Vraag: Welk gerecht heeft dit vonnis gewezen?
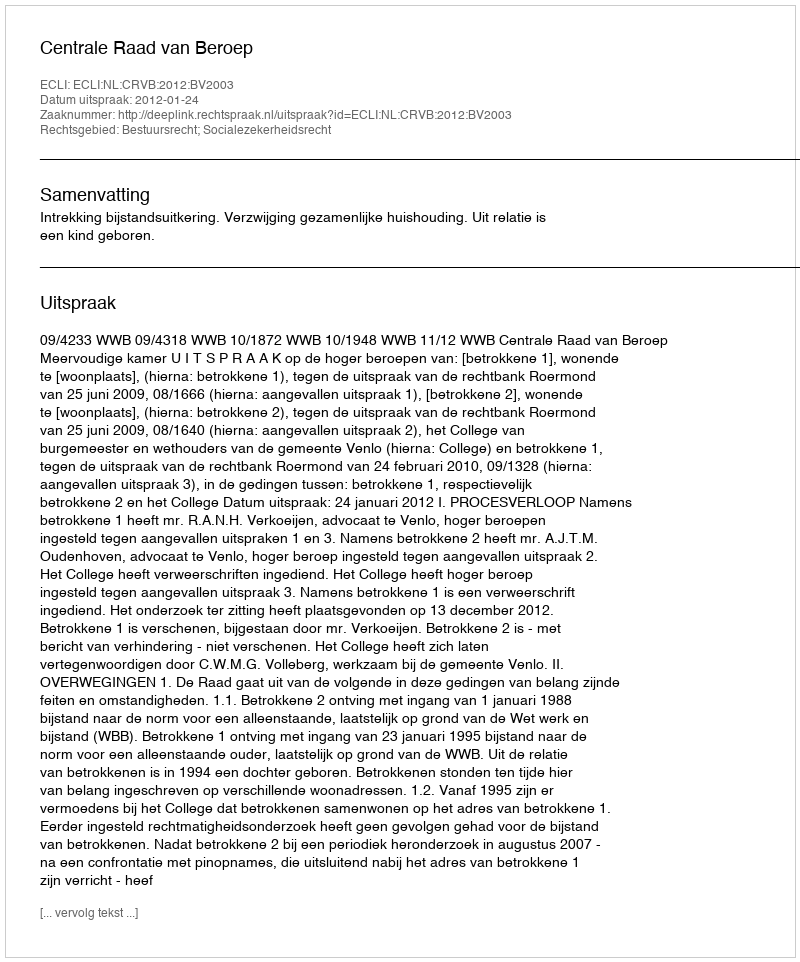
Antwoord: Centrale Raad van Beroep